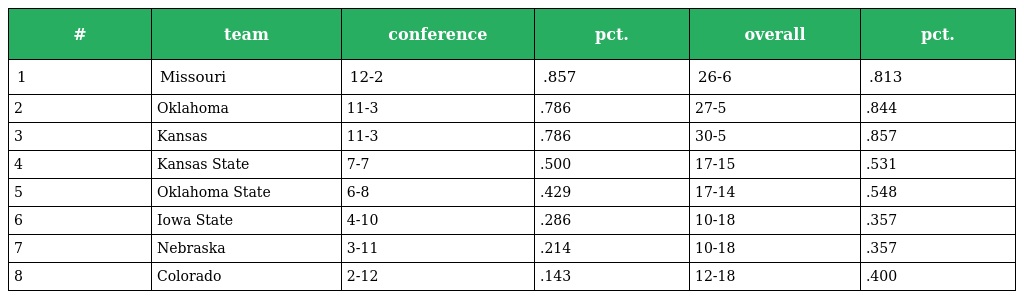
| # | team | conference | pct. | overall | pct. |
 | --- | --- | --- | --- | --- | --- |
 | 1 | Missouri | 12-2 | .857 | 26-6 | .813 |
 | 2 | Oklahoma | 11-3 | .786 | 27-5 | .844 |
 | 3 | Kansas | 11-3 | .786 | 30-5 | .857 |
 | 4 | Kansas State | 7-7 | .500 | 17-15 | .531 |
 | 5 | Oklahoma State | 6-8 | .429 | 17-14 | .548 |
 | 6 | Iowa State | 4-10 | .286 | 10-18 | .357 |
 | 7 | Nebraska | 3-11 | .214 | 10-18 | .357 |
 | 8 | Colorado | 2-12 | .143 | 12-18 | .400 |